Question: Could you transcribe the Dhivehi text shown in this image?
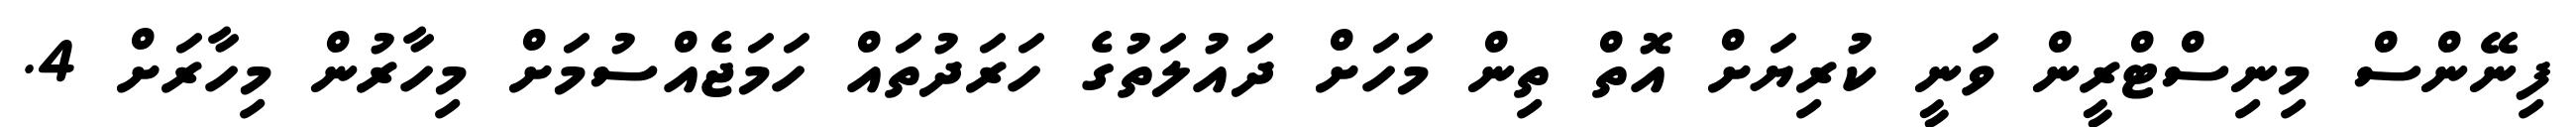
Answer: ފިނޭންސް މިނިސްޓްރީން ވަނީ ކުރިޔަށް އޮތް ތިން މަހަށް ދައުލަތުގެ ހަރަދުތައް ހަމަޖެއްސުމަށް މިހާރުން މިހާރަށް 4.